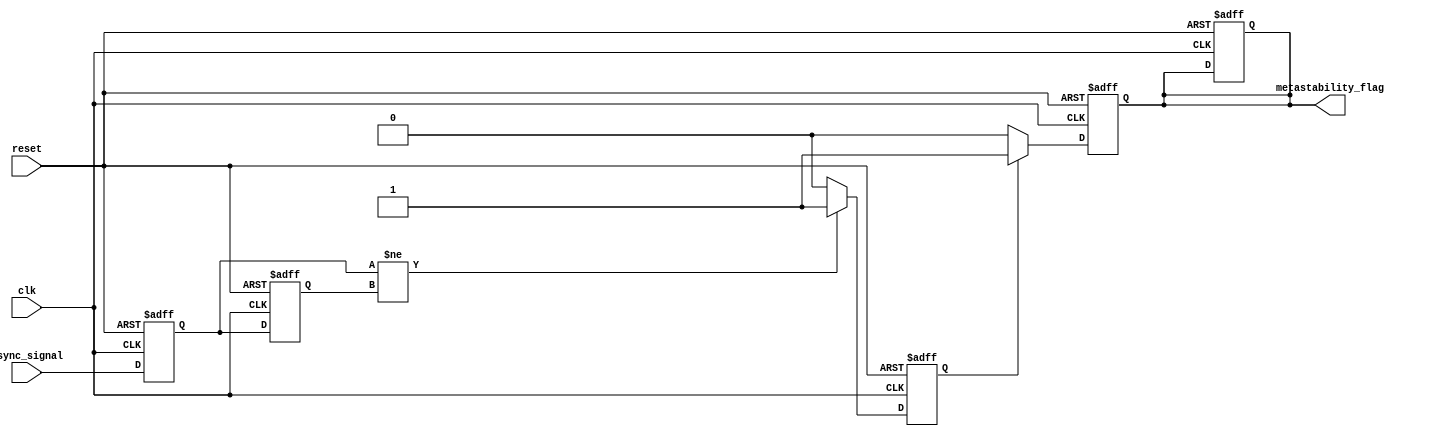
module metastability_detector (
    input wire clk,               // Stable clock signal
    input wire async_signal,      // Asynchronous input signal
    input wire reset,             // Reset signal
    output reg metastability_flag  // Output signal indicating metastability
);

    // Internal signals for double sampling
    reg ff1, ff2;
    reg pulse;

    // Flip-flops for double sampling
    always @(posedge clk or posedge reset) begin
        if (reset) begin
            ff1 <= 1'b0;
            ff2 <= 1'b0;
            metastability_flag <= 1'b0;
        end else begin
            ff1 <= async_signal; // Sample the asynchronous signal
            ff2 <= ff1;          // Sample the output of the first flip-flop
        end
    end

    // Pulse generation logic
    always @(posedge clk or posedge reset) begin
        if (reset) begin
            pulse <= 1'b0;
        end else begin
            // Generate a pulse if ff1 and ff2 are different
            if (ff1 != ff2) begin
                pulse <= 1'b1; // Indicate a potential metastable condition
            end else begin
                pulse <= 1'b0; // Clear the pulse if no metastability is detected
            end
        end
    end

    // Metastability detection logic
    always @(posedge clk or posedge reset) begin
        if (reset) begin
            metastability_flag <= 1'b0;
        end else begin
            // Set the metastability flag if pulse is high
            if (pulse) begin
                metastability_flag <= 1'b1;
            end else begin
                metastability_flag <= 1'b0; // Clear the flag if pulse is not high
            end
        end
    end

endmodule